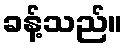
ခန့်သည်။